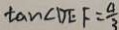
\tan \angle D E F = \frac { 4 } { 3 }